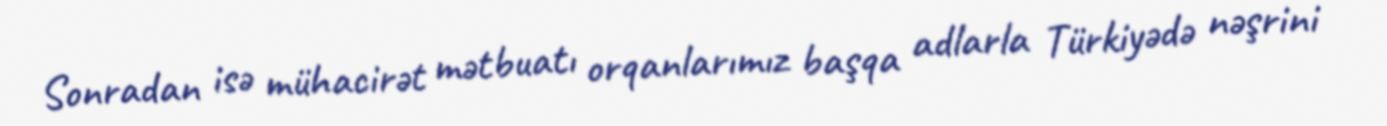
Sonradan isə mühacirət mətbuatı orqanlarımız başqa adlarla Türkiyədə nəşrini